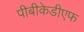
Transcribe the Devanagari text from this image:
पीबीकेडीएफ